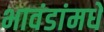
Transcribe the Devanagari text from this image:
भावंडांमधे